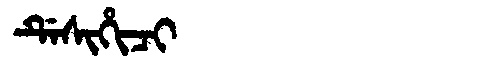
Manchu: ᡩᡝᠰᡳᡥᡳᠴᡳ
Romanization: DESIHICI